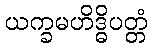
ယက္ခမဟိဒ္ဓိပတ္တံ